Civil Veterinary Department Bengal reports 1923-33 - 1923-1933
Year: 1923
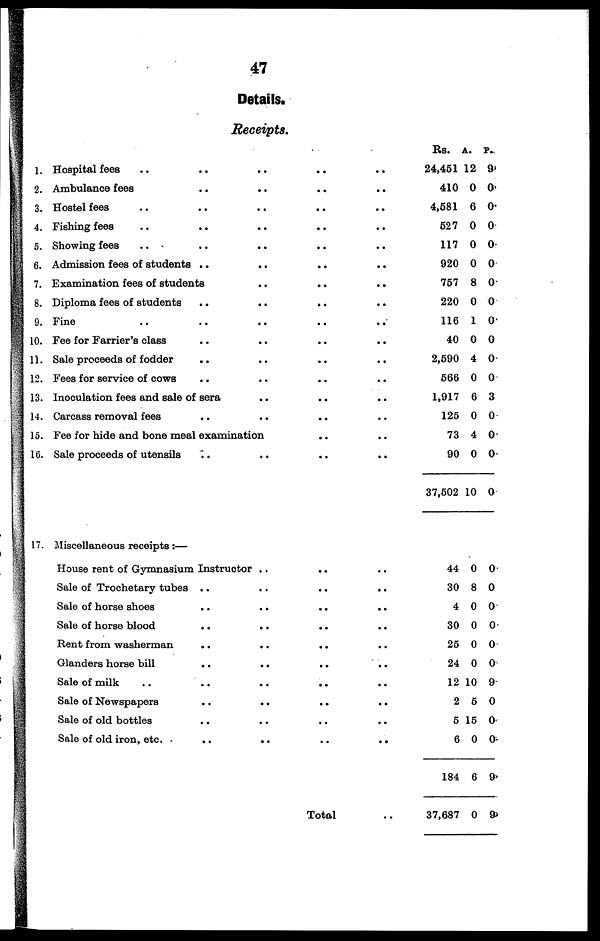
47
Details.
Receipts.
1. Hospital fees .. ..
2. Ambulance fees ..
3. Hostel fees .. ..
4. Fishing fees .. ..
5. Showing fees .. ..
6. Admission fees of students ..
7. Examination fees of students
8. Diploma fees of students ..
9. Fine .. ..
10. Fee for Farrier's class ..
11. Sale proceeds of fodder ..
12. Fees for service of cows ..
13. Inoculation fees and sale of sera
14. Carcass removal fees ..
..
..
..
..
..
..
..
..
..
..
..
..
..
..
15. Fee for hide and bone meal examination
16. Sale proceeds of utensils ..
17. Miscellaneous receipts :—
..
House rent of Gymnasium Instructor ..
Sale of Trochetary tubes ..
Sale of horse shoes ..
Sale of horse blood ..
Rent from washerman ..
Glanders horse bill ..
Sale of milk .. ..
Sale of Newspapers ..
Sale of old bottles ..
Sale of old iron, etc. ..
..
..
..
..
..
..
..
..
..
..
..
..
..
..
..
..
..
..
..
..
..
..
..
..
..
..
..
..
..
..
..
..
..
..
..
Total
..
..
..
..
..
..
..
..
..
..
..
..
..
..
..
..
..
..
..
..
..
..
..
..
..
..
..
Rs. a. P.
24,461 12 9
410 0 0
4,581 6 0
527 0 0
117 0 0
920 0 0
757 8 0
220 0 0
116 1 0
40 0 0
2,590 4 0
566 0 0
1,917 6 3
125 0 0
73 4 0
90 0 0
37,502 10 0
44 0 0
30 8 0
4 0 0
30 0 0
25 0 0
24 0 0
12 10 9
2 5 0
5 15 0
6 0 0
184 6 9
37,687 0 9